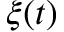
\xi ( t )